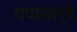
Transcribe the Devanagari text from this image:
गयामार्गे